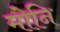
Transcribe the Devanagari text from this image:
मोनि